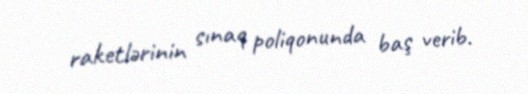
raketlərinin sınaq poliqonunda baş verib.